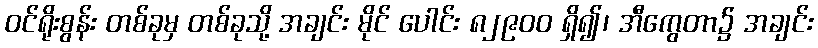
ဝင်ရိုးစွန်း တစ်ခုမှ တစ်ခုသို့ အချင်း မိုင် ပေါင်း ၈၂၉၀၀ ရှိ၍၊ အီကွေတာ၌ အချင်း